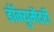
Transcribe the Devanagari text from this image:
डॉक्य़ुमेंटरी